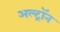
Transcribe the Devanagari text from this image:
अल्ट्राॅन